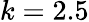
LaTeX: k=2.5